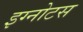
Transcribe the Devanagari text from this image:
इग्नोटस